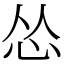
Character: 怂